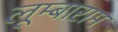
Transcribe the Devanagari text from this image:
लूम्बाराम